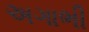
અગાભી